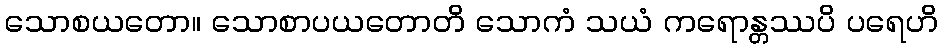
သောစယတော။ သောစာပယတောတိ သောကံ သယံ ကရောန္တဿပိ ပရေဟိ